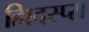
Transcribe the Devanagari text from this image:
ह्यिदस्प्स